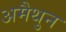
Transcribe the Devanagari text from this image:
अमैथुन